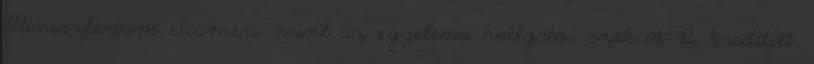
Minisztérium elismeri, mint az egyetemi hallgatói szekció I. kreditjét,